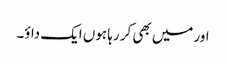
اور میں بھی کر رہا ہوں ایک داؤ۔